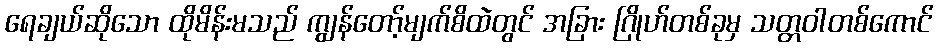
ရေချယ်ဆိုသော ထိုမိန်းမသည် ကျွန်တော့်မျက်စိထဲတွင် အခြား ဂြိုဟ်တစ်ခုမှ သတ္တဝါတစ်ကောင်